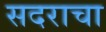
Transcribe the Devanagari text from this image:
सदराचा